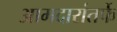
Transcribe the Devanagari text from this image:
आमदारांतर्फे